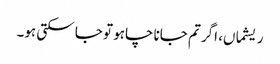
ریشماں، اگر تم جانا چاہو تو جا سکتی ہو۔